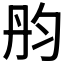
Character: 𠣝